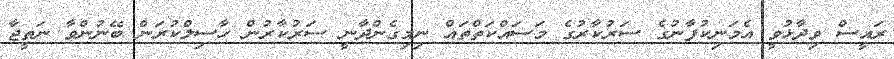
ރައީސް ވިދާޅުވީ އެމަނިކުފާނުގެ ސަރުކާރުގެ މަސައްކަތްތައް ނިމިގެންދާނީ ސަރުކާރުން ހާސިލްކުރަން ބޭނުންވާ ނަތީޖާ